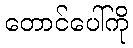
တောင်ပေါ်ကို